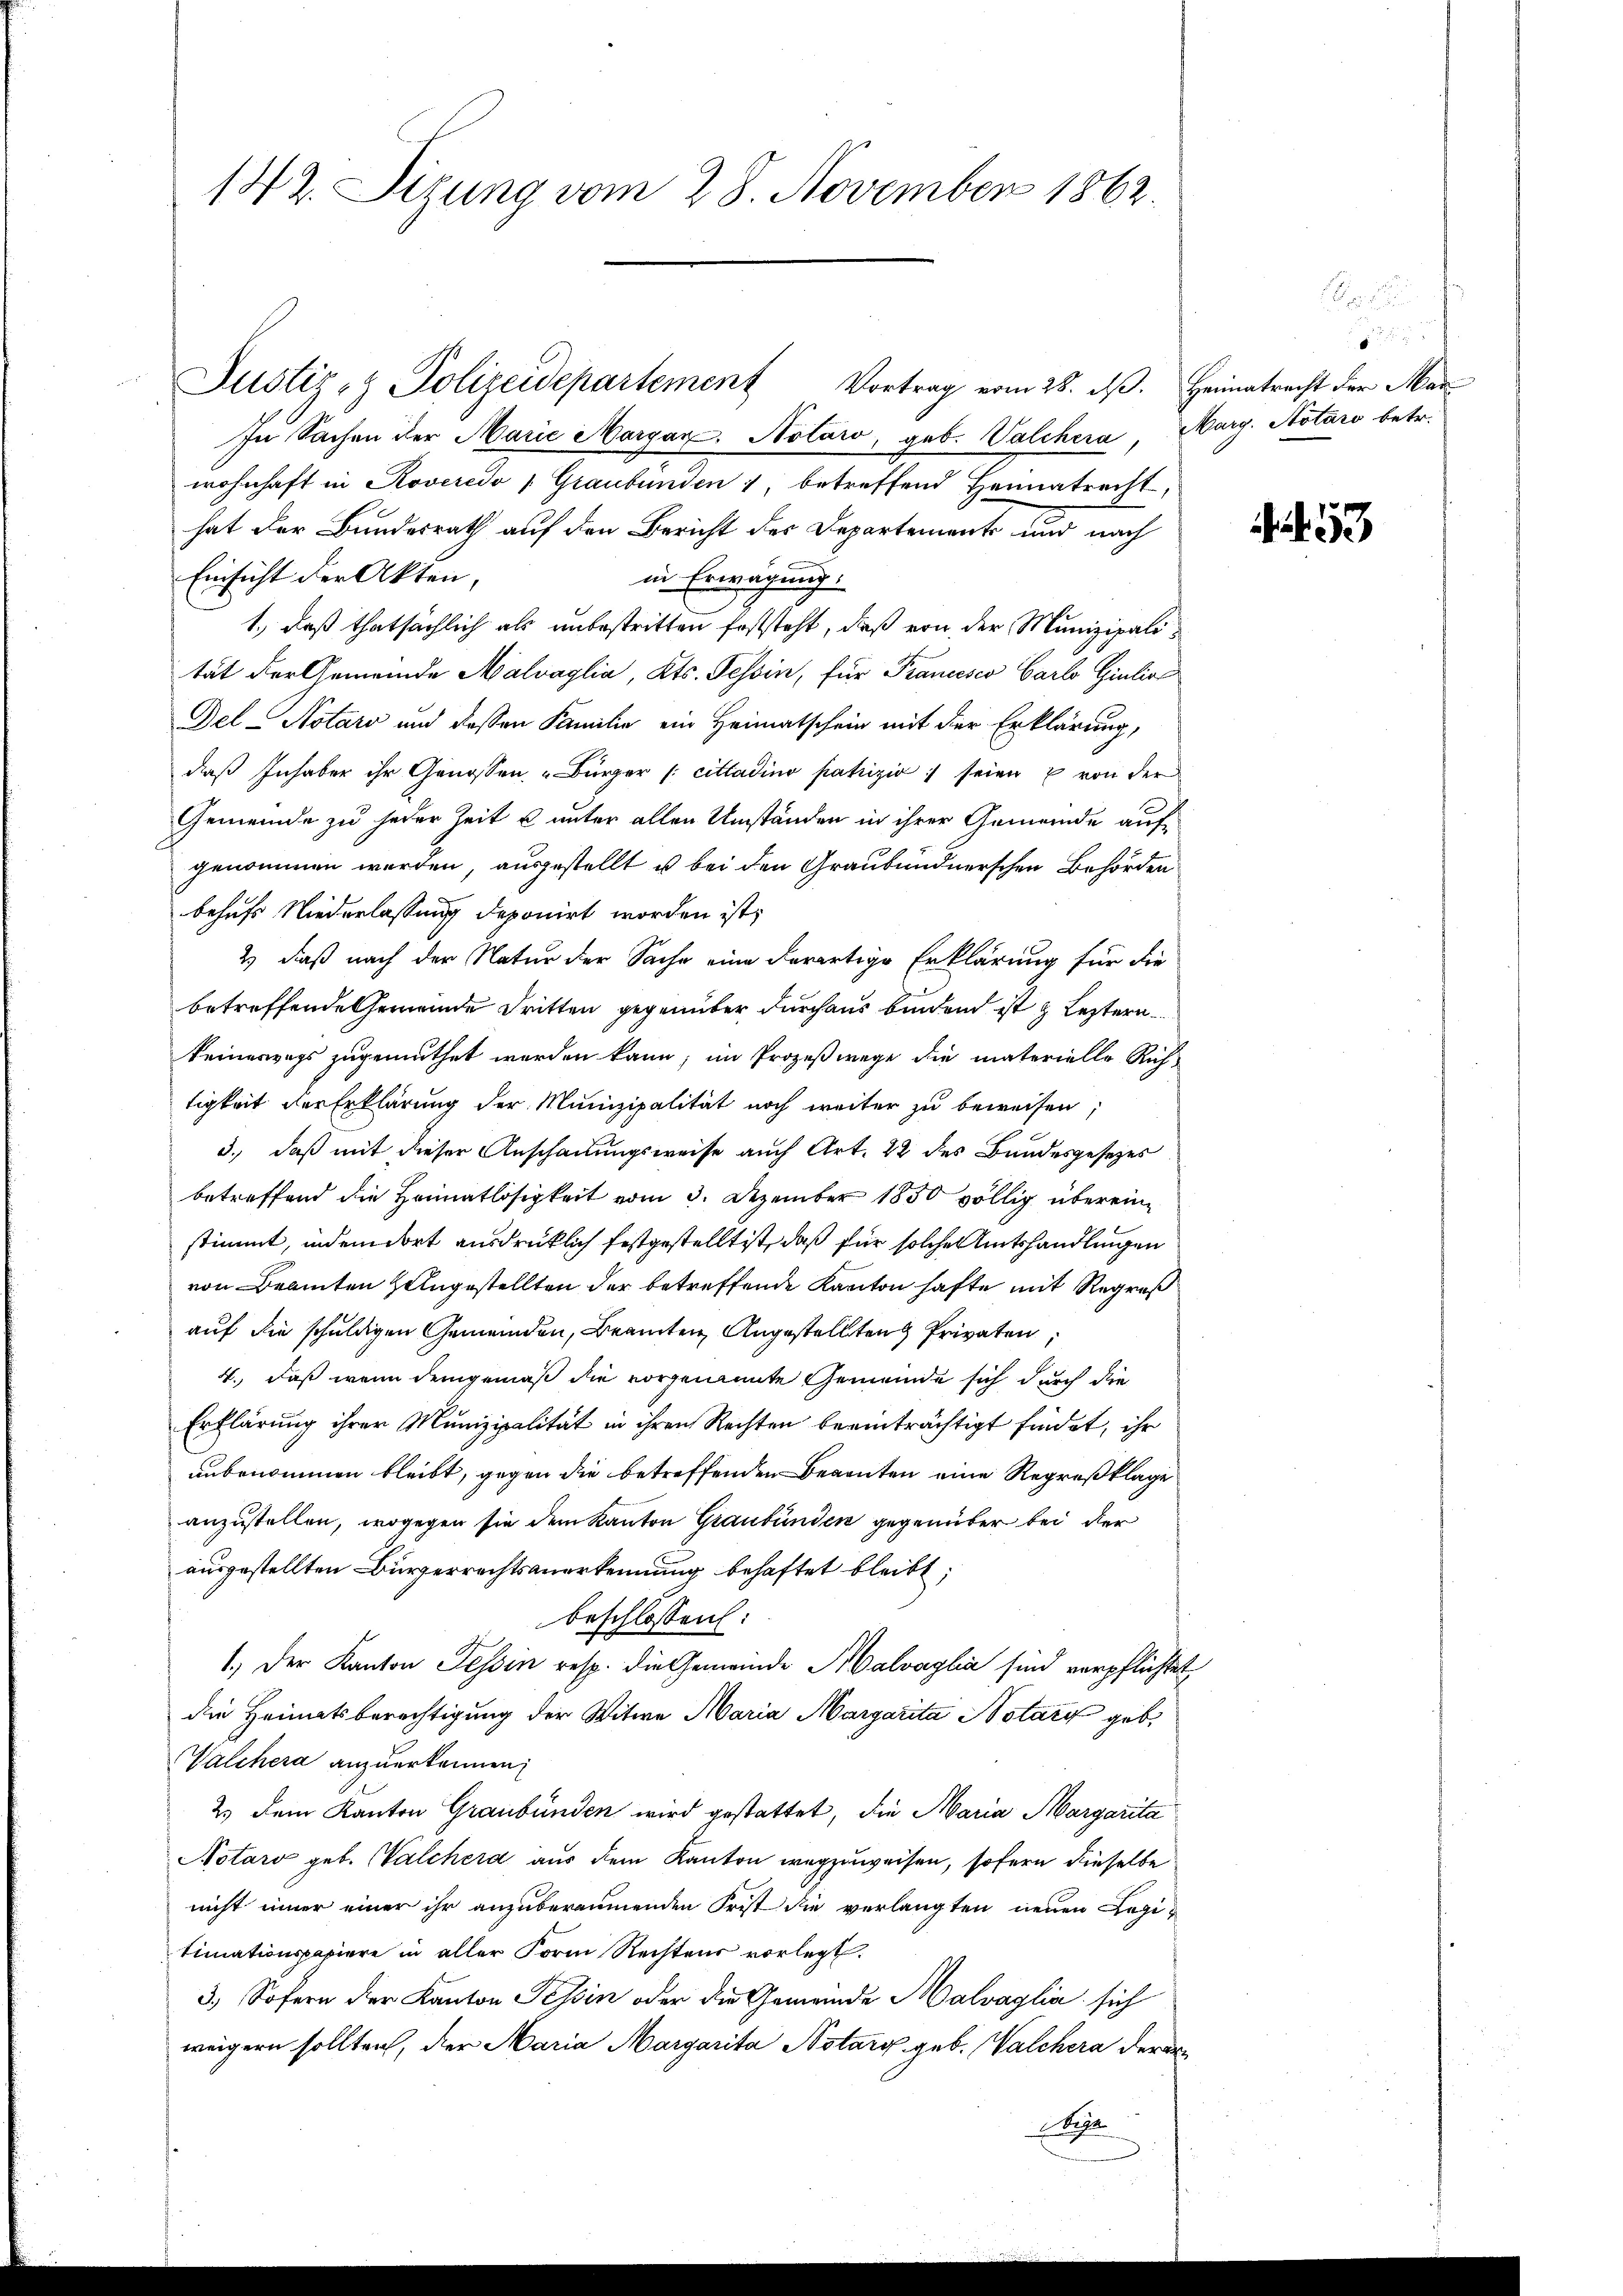
142. Sizung vom 28. November 1862.

In Sachen der Marie Margar. Notaro, geb. Walchera, Marg. Notaro betr.
wohnhaft in Roveredo 1 Graubünden 1, betreffend Heimatrecht,
hat der Bundesrath auf den Bericht des Departements und nach
Einsicht der Akten,
in Erwägung.
1., daß thatsächlich als unbestritten feststeht, daß von der Munizipalität der Gemeinde Malvaglia, Kts. Tessin, für Francesco Carlo Giulio
Del-Notars und dessen Familie ein Heimatschein mit der Erklärung,
daß Inhaber ihr Genossen, Bürger (citladino patrizio seien & von der
Gemeinde zu jeder Zeit & unter allen Umständen in ihrer Gemeinde aufgenommen werden, ausgestellt u bei den Graubündnerschen Behörden
behufs Niederlassung deponirt worden ist,
2) daß nach der Natur der Sache eine derartige Erklärung für die
betreffende Gemeinde dritten gegenüber durchaus binden ist & Leztern
keineswegs zugemuthet worden kann; im Prozeßwege die materielle Rich-
tigkeit der Erklärung der Munizipalität noch weiter zu beweisen;
3., daß mit dieser Anschauungsweise auch Art. 22 des Bundesgesetzes
betreffend die Heimatlosigkeit vom 3. Dezember 1850 völlig übereine
stimmt, indem dort ausdrücklich festgestellt ist, daß für solche Amtshandlungen
von Beamten Zeugestellten der betreffende Kanton hafte mit Regreß
auf die schuldigen Gemeinden, Beamten Angestellten Privaten,
4., daß wenn demgemäß die vorgenannte Gemeinde sich durch die
Erklärung ihrer Munizipalität in ihren Rechten beeinträchtigt findet, ihr
unbenommen bleibt, gegen die betreffenden Beamten eine Regreßklage
anzustellen, wogegen sie dem Kanton Graubünden gegenüber bei der
ausgestellten Bürgerrechtsanerkennung behaftet bleibt;
beschlossen:
1.) Der Kanton Tessin resp. die Gemeinde Malvaglia sind verpflichtet
die Heimatsberechtigung der Witwe Maria Margarita Notari geb.
Walchera anzuerkennen,
2.) Dem Kanton Graubünden wird gestattet, die Maria Margarita
Notaro geb. Walchera aus dem Kanton wegzuweisen, sofern dieselbe
nicht inner einer ihr anzuberäumenden Frist die verlangten neuen Legi-
timationspapiere in aller Form Rechtens vorlegt.
3.) Sofern der Kanton Tessin oder die Gemeinde Halvaglia sich
weigern sollten, der Maria Margarita Notars geb. Walchera derar
Kege

Justiz- & Polizeidepartement Vortrag vom 28. ds. Heimatrecht der Mar¬

o

53